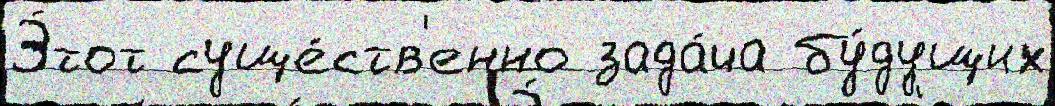
Э́тот суще́ств'енно зада́ча бу́дущих